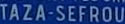
TÁZA-SEFROU